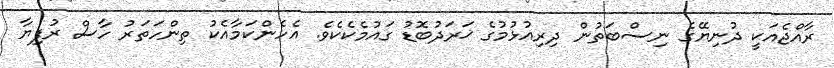
ރާއްޖެއަކީ ދުނިޔޭގެ ނިސްބަތުން ދިރިއުޅުމުގެ ޚަރަދުބޮޑު ގައުމެކެކެވެ. އެހެންކަމާއެކު ތިންހަތަރު ހާސް ރުފިޔާ